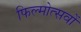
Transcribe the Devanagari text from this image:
फिल्मोत्सवों